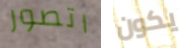
اتصور يكون